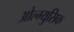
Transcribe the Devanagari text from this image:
ओल्म्युसिक